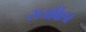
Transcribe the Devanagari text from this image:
सजविला